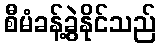
စီမံခန့်ခွဲနိုင်သည်